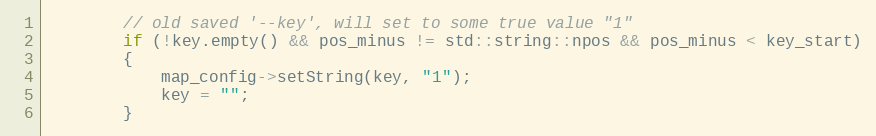
Language: C++
        // old saved '--key', will set to some true value "1"
        if (!key.empty() && pos_minus != std::string::npos && pos_minus < key_start)
        {
            map_config->setString(key, "1");
            key = "";
        }